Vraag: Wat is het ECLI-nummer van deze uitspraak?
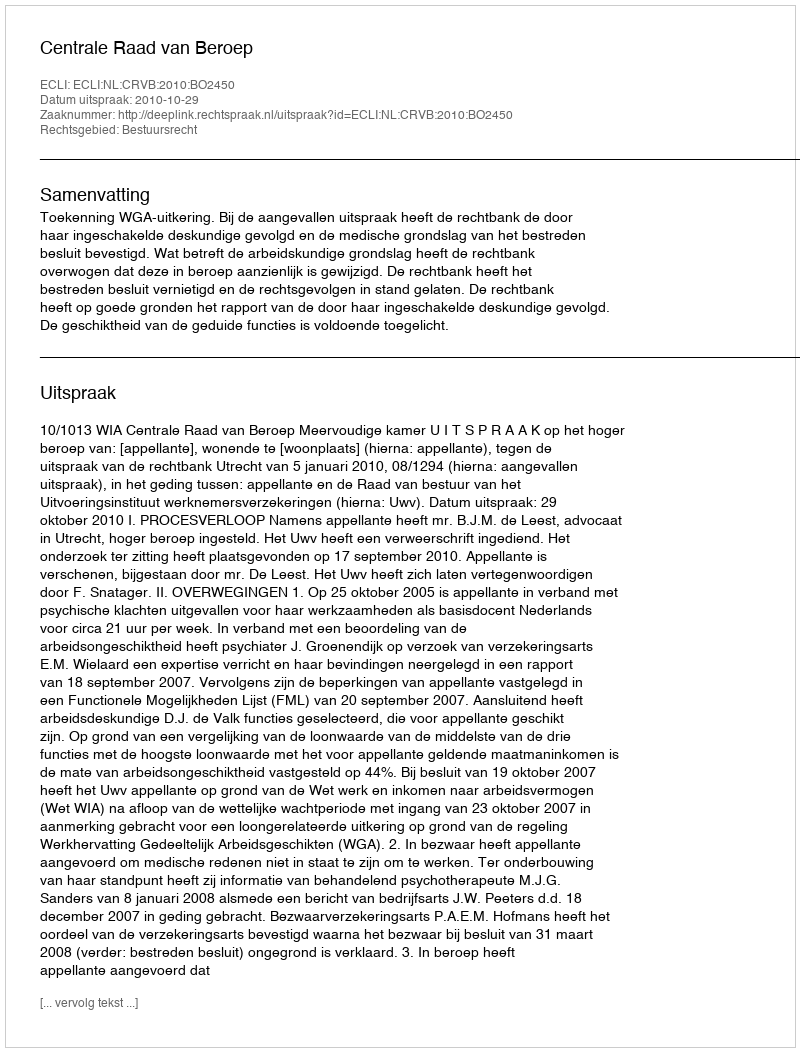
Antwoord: ECLI:NL:CRVB:2010:BO2450